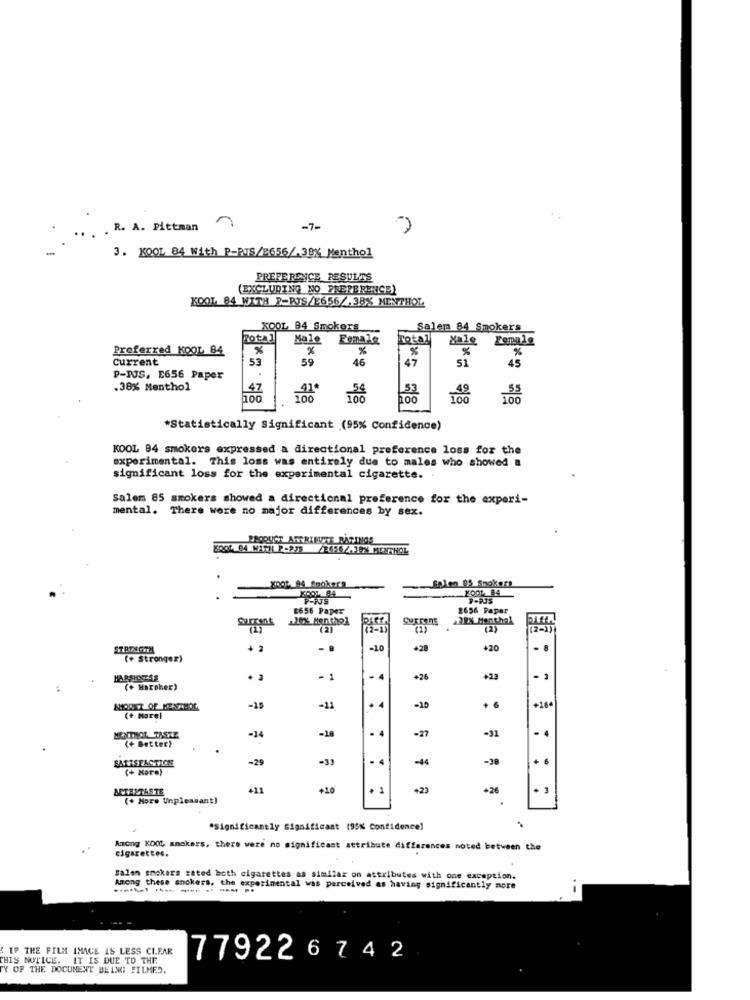
. R. A. Pittman
-7-
7
3. KOOL 84 With P-RTS/B656/.38% Menthol
PREFERENCE RESULTS
(EXCLUDING NO PREFERENCE)
KOOL 84 WITH P=RTS/E656 ,38% MENTHOL
XOOL 94 Smokers
Salem 84 Smokers
Total
Female
Total
Male Female
Preferred KOOL 84
%
%
%
%
%
Current
53
59
46
51
AS
47
P-PJS. E656 Paper
.38% Menthol
47
100
100
100
*Statistically Significant (95% Confidence)
KOOL 84 smokers expressed a directional preference loss for the
experimental. This loss was entirely due to males who showed &
significant loss for the experimental cigarette.
Salem 85 smokers showed a directional preference for the experi-
mental. There were no major differences by sex.
2002 94 Amokera
Salen 95 Snok 7:
P-PUS
E656 Paper
2656 Paper
Surrant
220% Menthol
Currans
(1)
(2)
(1)
(2)
[2-1)
+ 2
- .
-10
+20
470
(+ Strongez)
- 4
+25
+23
(+ Harsher)
-11
+364
AMOUNT OF MENTHOL
-15
-10
+ 6
(+ Morel
-14
-18
. 4
-27
-31
MENTHOL TASTE
(+ Better)
SATISFACTION
-29
-33
-4
-38
+
(+ More)
AFTERTASTE
411
+10
. 1
+23
+26
+ 3
(+ More Unpleasant]
"Significantly Significant (95% Confidence!
Among KOOL smokers, there were no significant attribute differences noted between the
cigarettes.
Salen smokers rated both cigarettes as similar on attributes with one exception.
Among these snokers, the experimental was perceived as having significantly more
------------
IF THE FILM IMAGE IS LESS CLEAR
THIS NOTICE. IT IS DUE TO THE.
779226 742
TY OF THE DOCUMENT BEING FILMED.